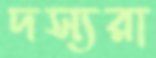
দস্যরা